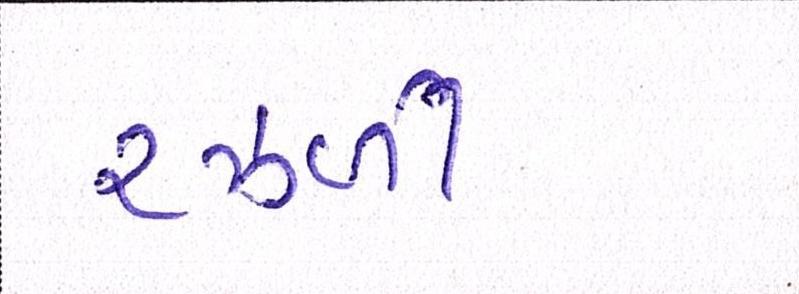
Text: રઝ્ળી